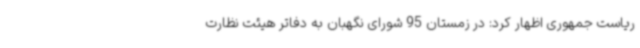
ریاست جمهوری اظهار کرد: در زمستان 95 شورای نگهبان به دفاتر هیئت نظارت